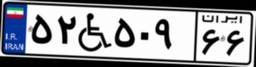
۵۲W۵۰۹۶۶